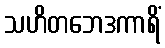
သဟိတဘေဒကာရိံ